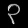
Digit: ၃